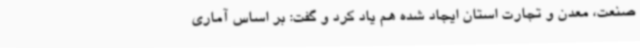
صنعت، معدن و تجارت استان ایجاد شده هم یاد کرد و گفت: بر اساس آماری